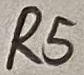
Text: R5